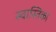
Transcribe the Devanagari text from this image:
स्वास्तिका